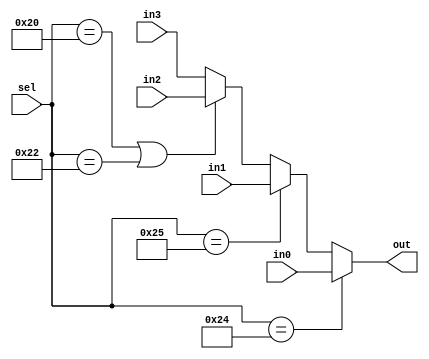
//  module MUX4_1  ports
module MUX4_1(out, in3, in2, in1, in0, sel);
//  ports  input output
output	out;
input	in3, in2, in1, in0;
input	[5:0]sel;

wire	out;

// Continuous assigment
//  sel  in0  in1  in2  in3
assign	out = (sel==6'b100100) ? in0 : (sel==6'b100101) ? in1 : (sel==6'b100000 || sel==6'b100010) ? in2 : in3;

endmodule